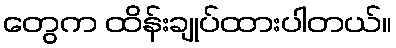
တွေက ထိန်းချုပ်ထားပါတယ်။